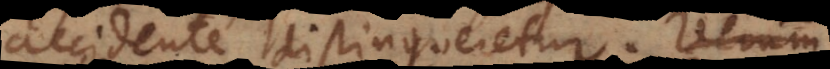
accidente distingueretur. Verum